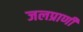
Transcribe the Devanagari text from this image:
जलप्राणी